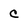
Character: C